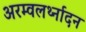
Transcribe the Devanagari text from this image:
अरम्वलर्थ्नादन